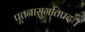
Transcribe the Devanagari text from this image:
पूतनासुगतिप्रदः।